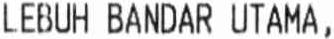
LEBUH BANDAR UTAMA,